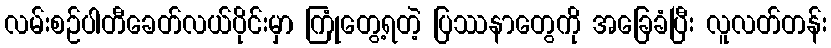
လမ်းစဉ်ပါတီခေတ်လယ်ပိုင်းမှာ ကြုံတွေ့ရတဲ့ ပြဿနာတွေကို အခြေခံပြီး လူလတ်တန်း